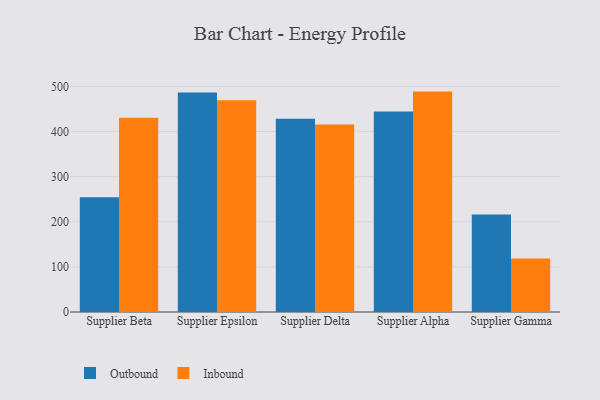
{"axis": {"x": "Supplier", "y": "Tickets Resolved"}, "legend": ["Inbound", "Outbound"], "data": [{"x": "Supplier Beta", "y": 254.2, "type": "Outbound"}, {"x": "Supplier Beta", "y": 430.6, "type": "Inbound"}, {"x": "Supplier Epsilon", "y": 486.5, "type": "Outbound"}, {"x": "Supplier Epsilon", "y": 469.3, "type": "Inbound"}, {"x": "Supplier Delta", "y": 428.6, "type": "Outbound"}, {"x": "Supplier Delta", "y": 415.7, "type": "Inbound"}, {"x": "Supplier Alpha", "y": 444.2, "type": "Outbound"}, {"x": "Supplier Alpha", "y": 488.5, "type": "Inbound"}, {"x": "Supplier Gamma", "y": 216.0, "type": "Outbound"}, {"x": "Supplier Gamma", "y": 118.5, "type": "Inbound"}]}